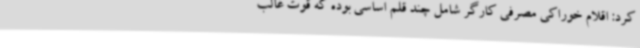
‌کرد: اقلام خوراکی مصرفی کارگر شامل چند قلم اساسی بوده که قوت غالب